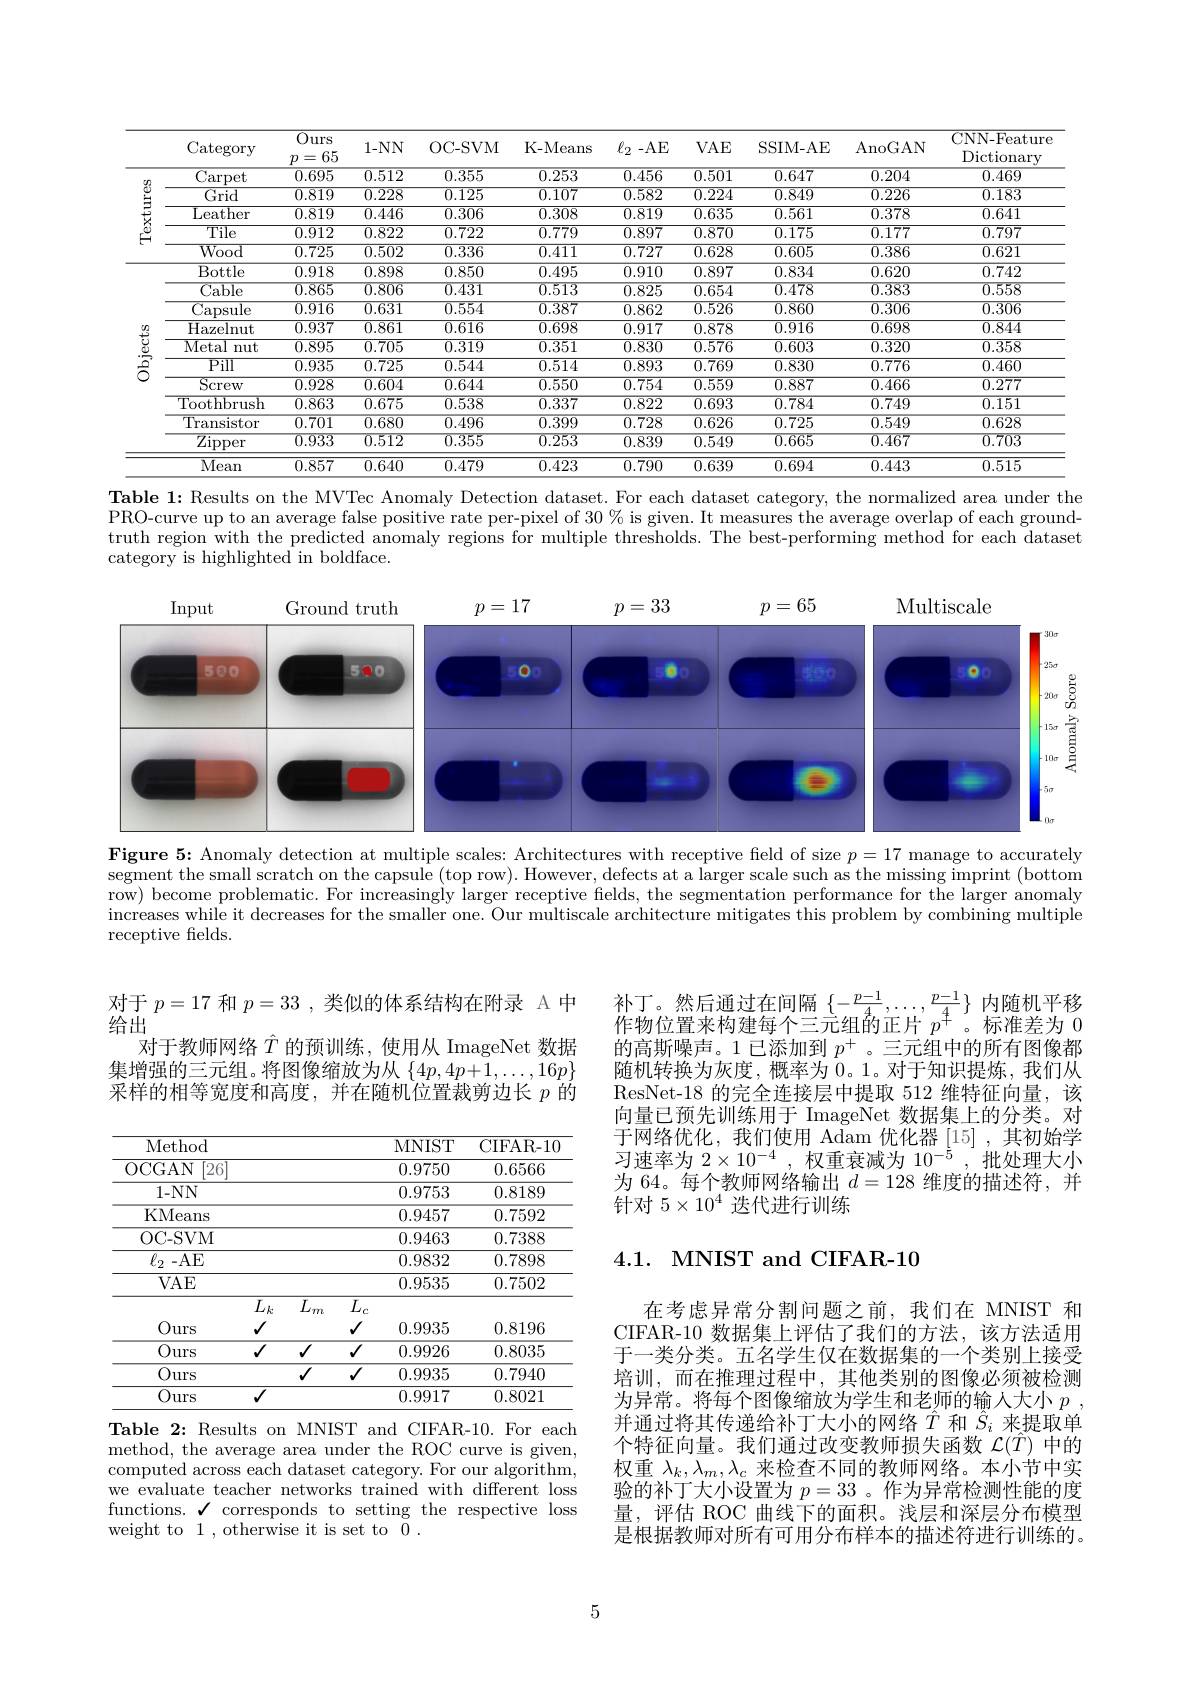
<table>
	<tbody>
		<tr>
			<th> </th>
			<th>Category</th>
			<th>$\overline{Ours}$ 65 = $p$</th>
			<th>$1-NN$</th>
			<th>OC- SVM</th>
			<th>K-Means</th>
			<th>$\ell_2-$AE</th>
			<th>VAE</th>
			<th>SSIM-AE</th>
			<th>$\operatorname{AnoGAN}$</th>
			<th>CNN-Feature $\operatorname{Dictionary}$</th>
		</tr>
		<tr>
			<td rowspan="5">$\operatorname{lextures}$</td>
			<td>Carpet</td>
			<td>0.695</td>
			<td>$\overline{0.512}$</td>
			<td>0.355</td>
			<td>0.253</td>
			<td>0.456</td>
			<td>$\overline{0.501}$</td>
			<td>0.647</td>
			<td>0.204</td>
			<td>0.469</td>
		</tr>
		<tr>
			<td>Grid</td>
			<td>0.819</td>
			<td>0.228</td>
			<td>0.125</td>
			<td>0.107</td>
			<td>0.582</td>
			<td>0.224</td>
			<td>0.849</td>
			<td>0.226</td>
			<td>0.183</td>
		</tr>
		<tr>
			<td>Leather</td>
			<td>0.819</td>
			<td>0.446</td>
			<td>0.306</td>
			<td>0.308</td>
			<td>0.819</td>
			<td>0.635</td>
			<td>0.561</td>
			<td>0.378</td>
			<td>0.641</td>
		</tr>
		<tr>
			<td>${\mathrm{Tile}}$</td>
			<td>0.912</td>
			<td>0.822</td>
			<td>0.722</td>
			<td>0.779</td>
			<td>0.897</td>
			<td>0.870</td>
			<td>0.175</td>
			<td>0.177</td>
			<td>0.797</td>
		</tr>
		<tr>
			<td>${\mathrm{Wood}}$</td>
			<td>0.725</td>
			<td>$\overline{0.502}$</td>
			<td>0.336</td>
			<td>0.411</td>
			<td>0.727</td>
			<td>$\overline{0.628}$</td>
			<td>0.605</td>
			<td>0.386</td>
			<td>0.621</td>
		</tr>
		<tr>
			<td rowspan="11">Objects</td>
			<td>Bottle</td>
			<td>0.918</td>
			<td>0.898</td>
			<td>0.850</td>
			<td>0.495</td>
			<td>0.910</td>
			<td>0.897</td>
			<td>0.834</td>
			<td>0.620</td>
			<td>0.742</td>
		</tr>
		<tr>
			<td>$\overline{\text{Cable}}$</td>
			<td>0.865</td>
			<td>$\overline{0.806}$</td>
			<td>$\overline{0.431}$</td>
			<td>$\overline{0.513}$</td>
			<td>0.825</td>
			<td>$\overline{0.654}$</td>
			<td>$\overline{0.478}$</td>
			<td>$\overline{0.383}$</td>
			<td>$\overline{0.558}$</td>
		</tr>
		<tr>
			<td>Capsule</td>
			<td>0.916</td>
			<td>0.631</td>
			<td>0.554</td>
			<td>0.387</td>
			<td>0.862</td>
			<td>$\overline{0.526}$</td>
			<td>0.860</td>
			<td>$\overline{0.306}$</td>
			<td>0.306</td>
		</tr>
		<tr>
			<td>Hazelnut</td>
			<td>0.937</td>
			<td>0.861</td>
			<td>0.616</td>
			<td>0.698</td>
			<td>0.917</td>
			<td>0.878</td>
			<td>0.916</td>
			<td>0.698</td>
			<td>0.844</td>
		</tr>
		<tr>
			<td>Metal nut</td>
			<td>0.895</td>
			<td>0.705</td>
			<td>0.319</td>
			<td>0.351</td>
			<td>0.830</td>
			<td>0.576</td>
			<td>0.603</td>
			<td>0.320</td>
			<td>0.358</td>
		</tr>
		<tr>
			<td>$\overline{\text{Pill}}$</td>
			<td>0.935</td>
			<td>$\overline{0.725}$</td>
			<td>0.544</td>
			<td>0.514</td>
			<td>0.893</td>
			<td>0.769</td>
			<td>0.830</td>
			<td>0.776</td>
			<td>0.460</td>
		</tr>
		<tr>
			<td>${\overline{\mathrm{Screw}}}$</td>
			<td>0.928</td>
			<td>0.604</td>
			<td>0.644</td>
			<td>0.550</td>
			<td>0.754</td>
			<td>0.559</td>
			<td>0.887</td>
			<td>0.466</td>
			<td>0.277</td>
		</tr>
		<tr>
			<td>Toothbrush</td>
			<td>0.863</td>
			<td>0.675</td>
			<td>0.538</td>
			<td>0.337</td>
			<td>0.822</td>
			<td>$\overline{0.693}$</td>
			<td>0.784</td>
			<td>0.749</td>
			<td>0.151</td>
		</tr>
		<tr>
			<td>Transistor</td>
			<td>0.701</td>
			<td>0.680</td>
			<td>0.496</td>
			<td>0.399</td>
			<td>0.728</td>
			<td>$\overline{0.626}$</td>
			<td>0.725</td>
			<td>0.549</td>
			<td>0.628</td>
		</tr>
		<tr>
			<td>$\overline{\mathrm{Zipper}}$</td>
			<td>0.933</td>
			<td>$\overline{0.512}$</td>
			<td>$\overline{0.355}$</td>
			<td>0.253</td>
			<td>0.839</td>
			<td>$\overline{0.549}$</td>
			<td>$\overline{0.665}$</td>
			<td>$\overline{0.467}$</td>
			<td>${\overline{0.703}}$</td>
		</tr>
		<tr>
			<td>Mean</td>
			<td>0.857</td>
			<td>0.640</td>
			<td>0.479</td>
			<td>0.423</td>
			<td>0.790</td>
			<td>0.639</td>
			<td>0.694</td>
			<td>0.443</td>
			<td>0.515</td>
		</tr>
	</tbody>
</table>
Table 1: Results on the MVTec Anomaly Detection dataset. For each dataset category, the normalized area under the

PRO-curve up to an average false positive rate per-pixel of 30 % is given. It measures the average overlap of each groundtruth region with the predicted anomaly regions for multiple thresholds. The best-performing method for each dataset category is highlighted in boldface.

<FigureHere>

Figure 5: Anomaly detection at multiple scales: Architectures with receptive feld of size $p=17$ manage to accurately

segment the small scratch on the capsule (top row). However, defects at a larger scale such as the missing imprint (bottomit (bottom $\bar{\text{row) become problematic. For increasingly larger receptive fields, the segmentation performance for the larger anomaly}}$ increases while it decreases for the smaller one. Our multiscale architecture mitigates this problem by combining multiple receptive felds.

对于$p=17$和$p=33$,类似的体系结构在附录 A 中
给出
对于教师网络$\hat{T}$的预训练，使用从 ImageNet 数据集增强的三元组。将图像缩放为从$\{4p,4p+1,\ldots,16p\}$ 采样的相等宽度和高度，并在随机位置裁剪边长$p$的

<table>
	<tbody>
		<tr>
			<th>Method</th>
			<th>MNIST</th>
			<th>CIFAR- 10</th>
		</tr>
		<tr>
			<td>OCGAN [26]</td>
			<td>0.9750</td>
			<td>0.6566</td>
		</tr>
		<tr>
			<td>L 1 $1-NN$</td>
			<td>0.9753</td>
			<td>0.8189</td>
		</tr>
		<tr>
			<td>KMeans</td>
			<td>0.9457</td>
			<td>0.7592</td>
		</tr>
		<tr>
			<td>OC- SVM</td>
			<td>0.9463</td>
			<td>0.7388</td>
		</tr>
		<tr>
			<td>$\ell _{2}$ -AE</td>
			<td>0.9832</td>
			<td>0.7898</td>
		</tr>
		<tr>
			<td>VAE</td>
			<td>0.9535</td>
			<td>0.7502</td>
		</tr>
		<tr>
			<td>$L_{k}$ $I_{d,}$</td>
			<td> </td>
			<td> </td>
		</tr>
		<tr>
			<td>Ours</td>
			<td>0.9935</td>
			<td>0.8196</td>
		</tr>
		<tr>
			<td>Ours $√$ $√$</td>
			<td>0.9926</td>
			<td>0.8035</td>
		</tr>
		<tr>
			<td>Ours $√$</td>
			<td>0.9935</td>
			<td>0.7940</td>
		</tr>
		<tr>
			<td>Ours $√$</td>
			<td>0.9917</td>
			<td>0.8021</td>
		</tr>
	</tbody>
</table>
Table 2: Results on MNIST and CIFAR-10. For each

method, the average area under the ROC curve is given, computed across each dataset category. For our algorithm, we evaluate teacher networks trained with different loss functions. $\checkmark$ corresponds to setting the respective loss weight to 1 , otherwise it is set to 0 .

$\begin{array}{ll}\text{补丁。然后通过在间隔}&\{-\frac{p-1}{4},\ldots,\frac{p-1}{4}\}&\text{内随机平移}\\\text{作物位置来构建每个三元组的正片}&p^{+}\text{。标准差为 }0\end{array}$ 的高斯噪声。1 已添加到$p^+$ 。三元组中的所有图像都随机转换为灰度，概率为0。1。对于知识提炼，我们从ResNet-18 的完全连接层中提取 512 维特征向量，该向量已预先训练用于 ImageNet 数据集上的分类。对于网络优化，我们使用 Adam 优化器[15],其初始学习速率为$2\times10^{-4}$,权重衰减为$10^-5$,批处理大小为 64。每个教师网络输出$d=128$维度的描述符，并针对$5\times10^4$迭代进行训练

# 4.1. MNIST and CIFAR-10

在考虑异常分割问题之前，我们在 MNIST 和CIFAR-10 数据集上评估了我们的方法，该方法适用于一类分类。五名学生仅在数据集的一个类别上接受培训，而在推理过程中，其他类别的图像必须被检测为异常。将每个图像缩放为学生和老师的输人大小$p$ 并通过将其传递给补丁大小的网络$\hat{T}$和$\hat{S}_i$来提取单个特征向量。我们通过改变教师损失函数$\mathcal{L}(\hat{T})$中的权重$\lambda_k,\lambda_m,\lambda_c$来检查不同的教师网络。本小节中实验的补丁大小设置为$p=33$ 。作为异常检测性能的度量，评估 ROC 曲线下的面积。浅层和深层分布模型是根据教师对所有可用分布样本的描述符进行训练的。

5